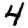
Digit: 4